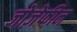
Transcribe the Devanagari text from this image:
जोज़ेफीन